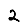
Digit: 2